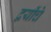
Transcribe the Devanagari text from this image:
द्वयींचे